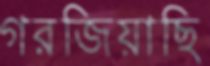
গরজিয়াছি